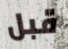
قبل